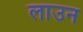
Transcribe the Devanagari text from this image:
लाउन